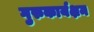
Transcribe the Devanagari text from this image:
गुरुकार्यक्षम